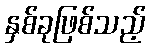
နှစ်ခုဖြစ်သည့်